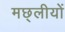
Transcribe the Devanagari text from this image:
मछ्लीयों